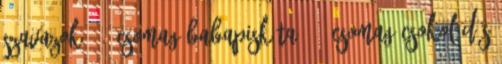
szavazok - 1 csomag babapiskóta - 2 csomag csokoládés